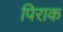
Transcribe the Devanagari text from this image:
पिराक